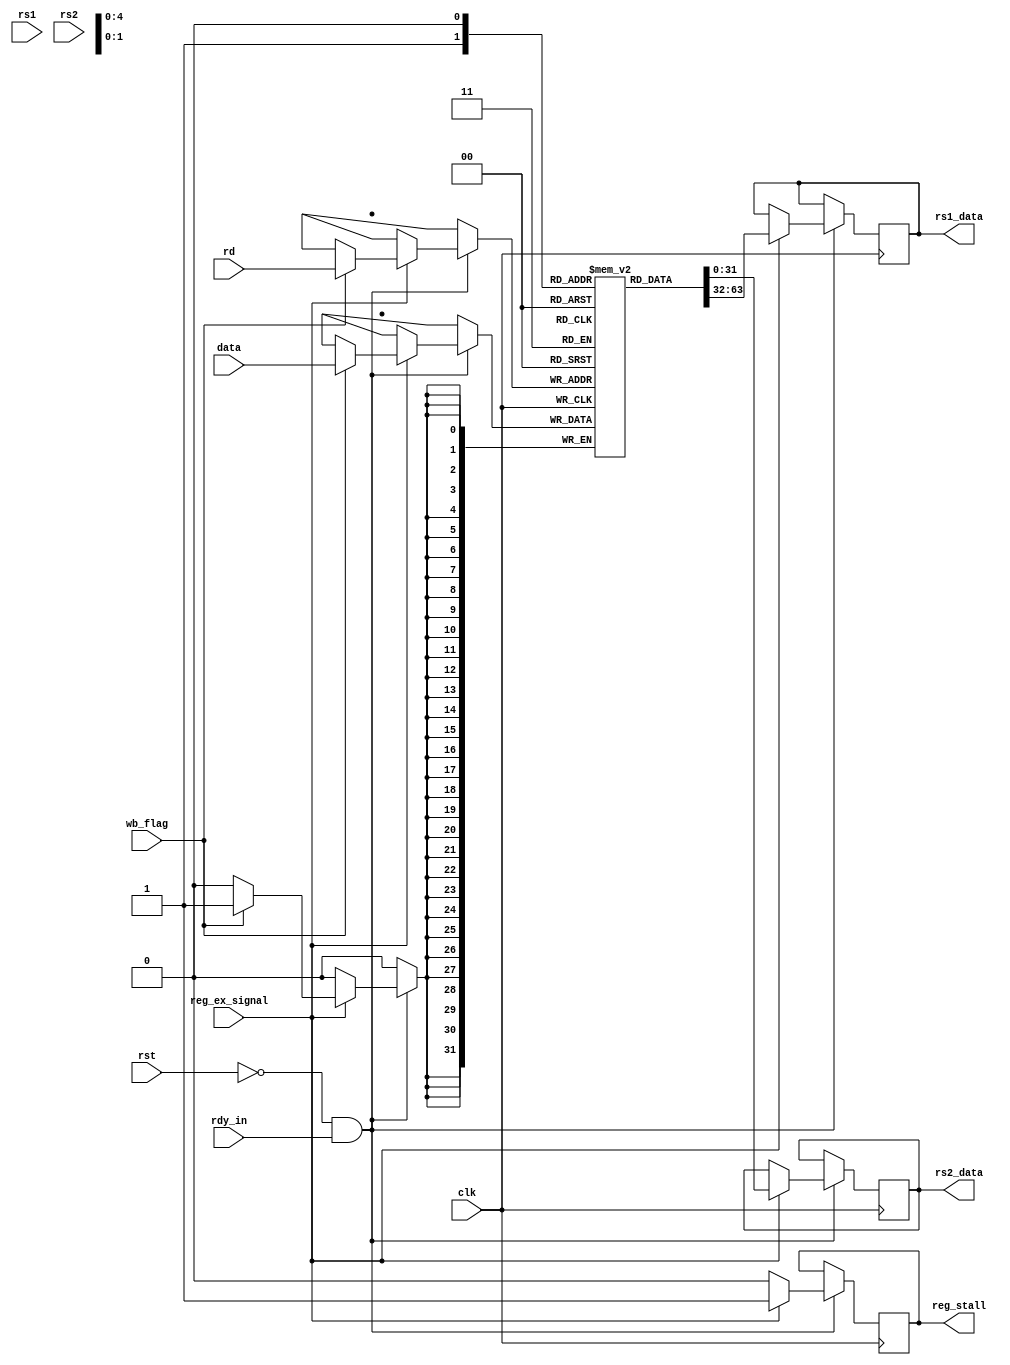
// register file
// 32 registers

module reg_file #(parameter LEN = 32)
                 (input wire clk,             // clock
                  input rst,
                  input rdy_in,
                  input reg_ex_signal,
                  input wire [4:0] rs1,       // index of rs1
                  input wire [4:0] rs2,       // index of rs2
                  input wire wb_flag,         // whether write back
                  input wire [4:0] rd,        // index of rd
                  input [LEN-1:0] data,       // write back data
                  output reg_stall,
                  output [LEN-1:0] rs1_data,
                  output [LEN-1:0] rs2_data);
    
    // 32 registers
    reg [4:0]               rs1_index;
    reg [4:0]               rs2_index;
    reg [LEN-1:0]           reg1;
    reg [LEN-1:0]           reg2;
    reg [LEN-1:0]           register[31:0];
    reg                     flag = 0;
    
    assign rs1_data  = reg1;
    assign rs2_data  = reg2;
    assign reg_stall = flag;
    always @(posedge clk) begin
        if ((!rst)&&rdy_in)begin
            if (reg_ex_signal) begin
                flag = 1;
                // read from register
                reg1 <= register[rs1_index];
                reg2 <= register[rs2_index];
                // write back
                if (wb_flag == 1) begin
                    register[rd] <= data;
                end
            end
            else begin
                flag = 0;
            end
        end
    end
endmodule